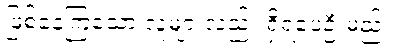
ဖြစ်နေကြသော လူများလည်း ရှိရပေဦးမည်။